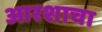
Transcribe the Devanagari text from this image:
आरशाचा